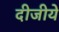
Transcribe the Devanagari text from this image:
दीजीये